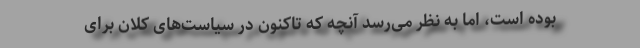
بوده است، اما به نظر می‌رسد آنچه که تاکنون در سیاست‌های کلان برای